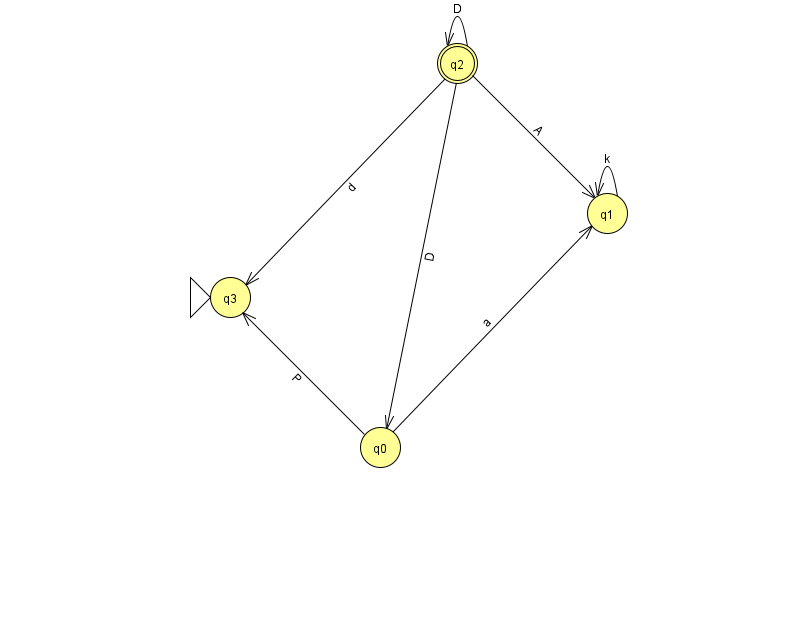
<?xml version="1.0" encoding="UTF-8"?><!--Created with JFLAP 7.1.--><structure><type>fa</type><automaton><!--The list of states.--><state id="0" name="q0"><x>380.0</x><y>434.0</y></state><state id="1" name="q1"><x>607.0</x><y>200.0</y></state><state id="2" name="q2"><x>457.0</x><y>50.0</y><final/></state><state id="3" name="q3"><x>230.0</x><y>284.0</y><initial/></state><!--The list of transitions.--><transition><from>2</from><to>2</to><read>D</read></transition><transition><from>2</from><to>0</to><read>D</read></transition><transition><from>0</from><to>1</to><read>a</read></transition><transition><from>2</from><to>3</to><read>d</read></transition><transition><from>2</from><to>1</to><read>A</read></transition><transition><from>1</from><to>1</to><read>k</read></transition><transition><from>0</from><to>3</to><read>P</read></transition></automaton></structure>